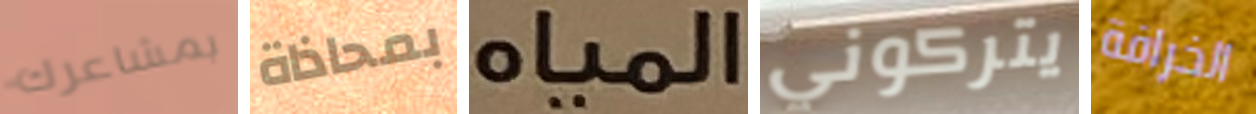
بمشاعرك بمحاذاة المياه يتركوني الخرافة